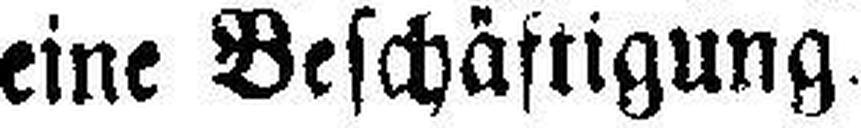
eine Beschäftigung.